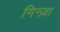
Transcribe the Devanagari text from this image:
गिन्ज़ा